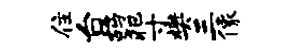
住台鸪犯寸樊三像